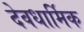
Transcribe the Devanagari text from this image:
देवधार्मिक